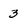
Character: 3